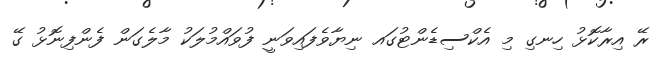
ރޭ އިރާކޮޅު ހިނގި މި އެކްސިޑެންޓުގައ ނިޔާވެފައިވަނީ ފުވައްމުލަކު މާލެގަން ފެންފިނޮޅު ގޭ